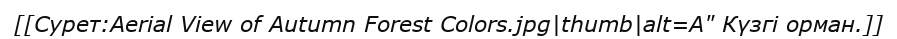
[[Сурет:Aerial View of Autumn Forest Colors.jpg|thumb|alt=A" Күзгі орман.]]